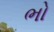
ભો